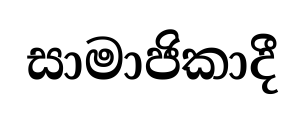
සාමාජිකාදී